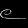
Digit: ၉